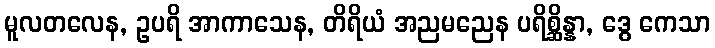
မူလတလေန, ဥပရိ အာကာသေန, တိရိယံ အညမညေန ပရိစ္ဆိန္နာ, ဒွေ ကေသာ